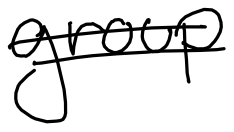
Text: group
Cross-out: double-line
Writing tool: digital_black